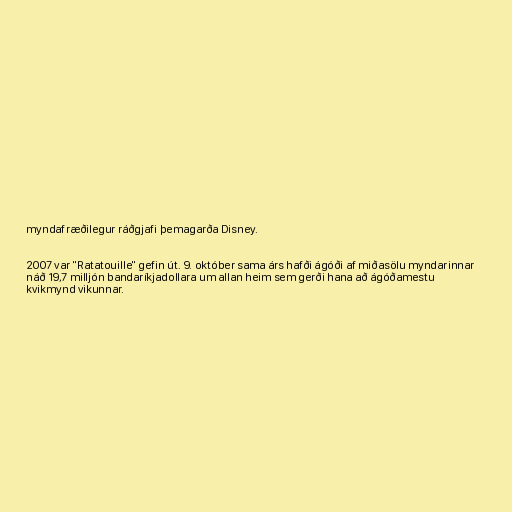
myndafræðilegur ráðgjafi þemagarða Disney.

2007 var "Ratatouille" gefin út. 9. október sama árs hafði ágóði af miðasölu myndarinnar
náð 19,7 milljón bandaríkjadollara um allan heim sem gerði hana að ágóðamestu
kvikmynd vikunnar.